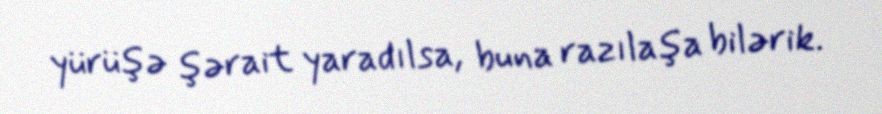
yürüşə şərait yaradılsa, buna razılaşa bilərik.